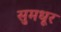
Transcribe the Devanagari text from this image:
सुमधूर